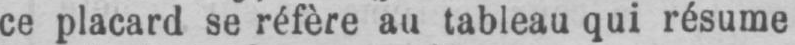
ce placard se réfère au tableau qui résume